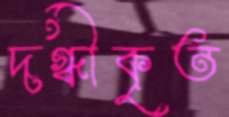
দগ্ধীকৃত